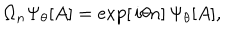
\Omega _ { n } \Psi _ { \theta } [ A ] = \exp [ \, i \theta n ] \, \Psi _ { \theta } [ A ] ,